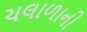
ચલાળાની